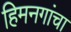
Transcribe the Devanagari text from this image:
हिमनगांचा